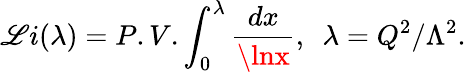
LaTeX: \mathscr{L}i(\lambda)=P.V.\int_{0}^{\lambda}\frac{{dx}}{{\lnx}},~~\lambda=Q^{2}/\Lambda^{2}.